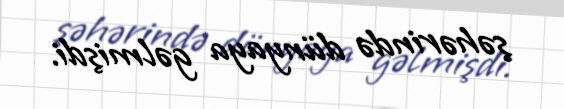
şəhərində dünyaya gəlmişdi.